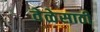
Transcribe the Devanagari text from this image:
वेळेसाठी